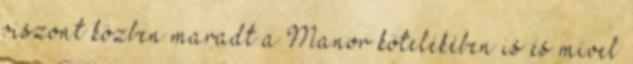
viszont közben maradt a Manor kötelékében is és mivel